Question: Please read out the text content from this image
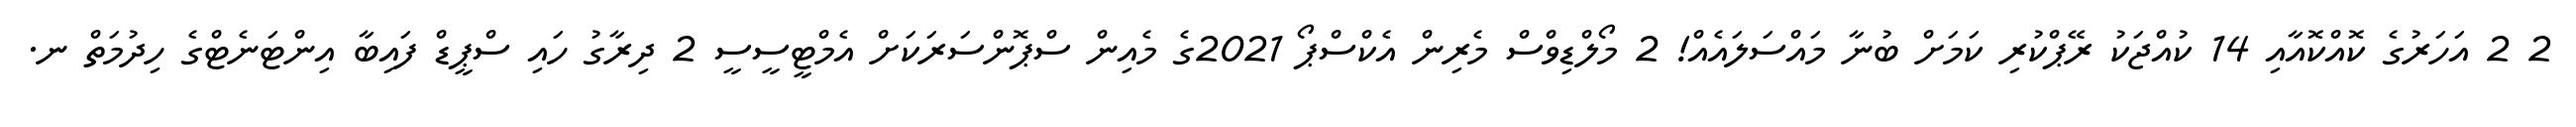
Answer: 2 2 އަހަރުގެ ކޮއްކޮއާއި 14 ކުއްޖަކު ރޭޕްކުރި ކަމަށް ބުނާ މައްސަލައެއް! 2 މޯލްޑިވްސް މެރިން އެކްސްޕޯ 2021ގެ މެއިން ސްޕޮންސަރަކަށް އެމްޓީސީސީ 2 ދިރާގު ހައި ސްޕީޑް ފައިބާ އިންޓަނެޓްގެ ހިދުމަތް ނ.